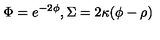
\Phi = e ^ { - 2 \phi } , \Sigma = 2 \kappa ( \phi - \rho )